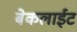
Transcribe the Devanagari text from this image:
बेकलाईट